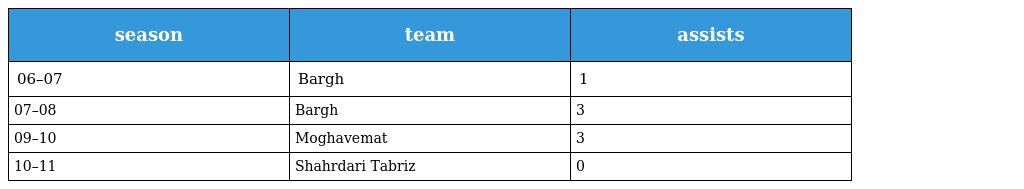
| season | team | assists |
 | --- | --- | --- |
 | 06–07 | Bargh | 1 |
 | 07–08 | Bargh | 3 |
 | 09–10 | Moghavemat | 3 |
 | 10–11 | Shahrdari Tabriz | 0 |